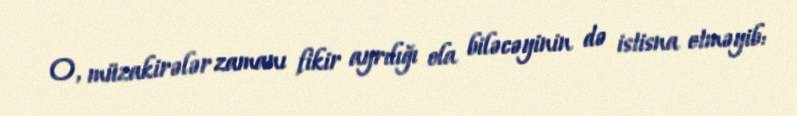
O, müzakirələr zamanı fikir ayrılığı ola biləcəyinin də istisna etməyib: